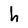
Character: h